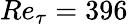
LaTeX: Re_{\tau}=396